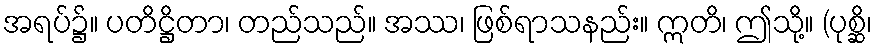
အရပ်၌။ ပတိဋ္ဌိတာ၊ တည်သည်။ အဿ၊ ဖြစ်ရာသနည်း။ ဣတိ၊ ဤသို့။ (ပုစ္ဆိ၊